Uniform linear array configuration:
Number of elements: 12
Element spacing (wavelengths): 0.5
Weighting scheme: binomial
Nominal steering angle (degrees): -30
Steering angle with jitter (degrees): -28.601
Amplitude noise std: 0.05
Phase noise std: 0.05

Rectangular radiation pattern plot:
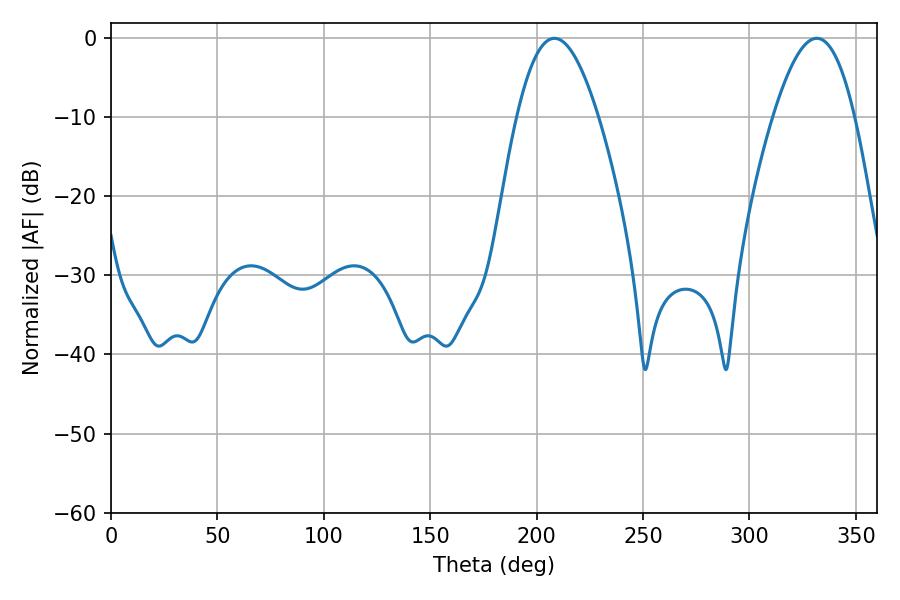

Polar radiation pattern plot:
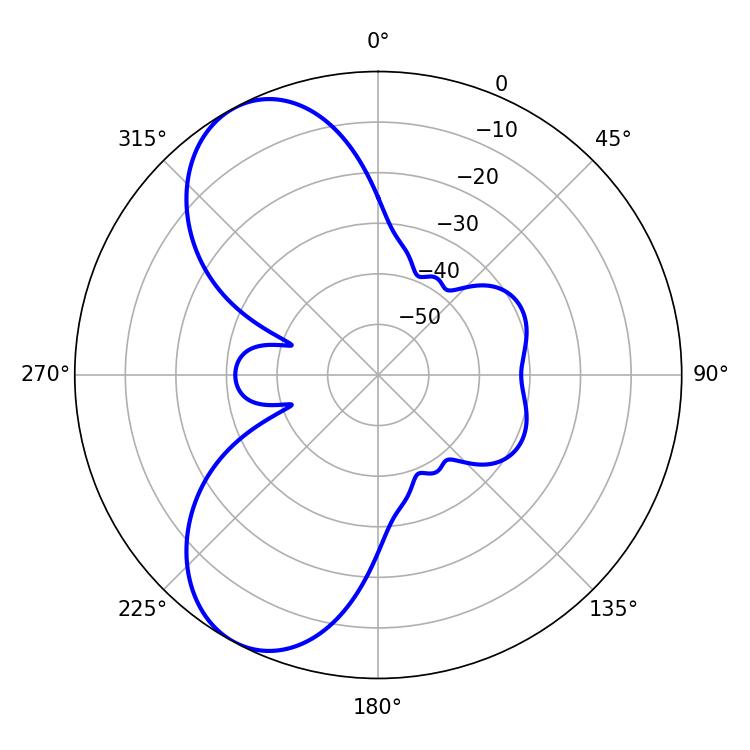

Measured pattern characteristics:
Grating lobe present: FALSE
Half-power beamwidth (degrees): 20.88
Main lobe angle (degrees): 208.44